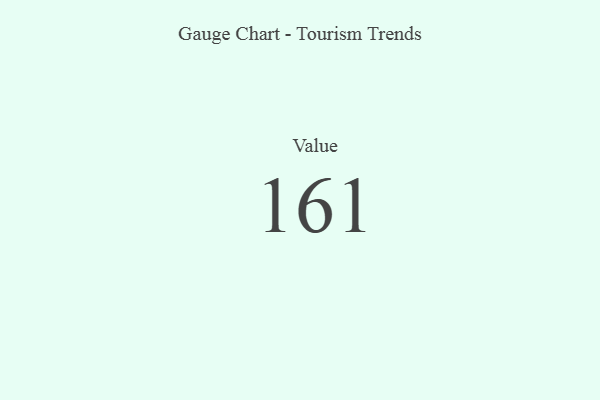
{"axis": {"x": "Metric", "y": "Value"}, "legend": [""], "data": [{"x": "Value", "y": 161, "type": ""}]}